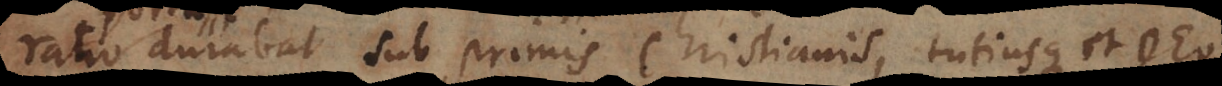
ratio durabat sub primis Christianis, tutiusque et De